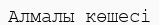
Алмалы көшесі